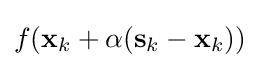
f(\mathbf {x} _{k}+\alpha (\mathbf {s} _{k}-\mathbf {x} _{k}))